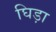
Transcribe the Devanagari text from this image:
घिड़ा